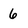
Character: 6